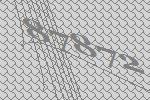
87872